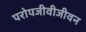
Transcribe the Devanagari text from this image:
परोपजीवीजीवन